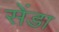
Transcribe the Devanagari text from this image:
सेंडा